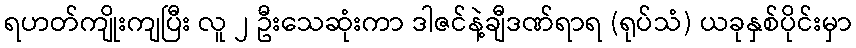
ရဟတ်ကျိုးကျပြီး လူ ၂ ဦးသေဆုံးကာ ဒါဇင်နဲ့ချီဒဏ်ရာရ (ရုပ်သံ) ယခုနှစ်ပိုင်းမှာ